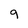
Character: 9